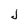
Character: J